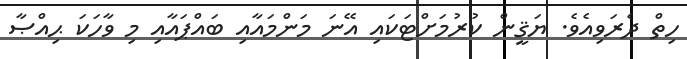
ހިތް ދެރަވިއެވެ. ޔަޤީން ކުރުމަށްޓަކައި އޭނަ މަންމައާއި ބައްޕައާއި މި ވާހަކަ ޙިއްޞާ